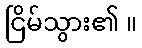
ငြိမ်သွား၏ ။